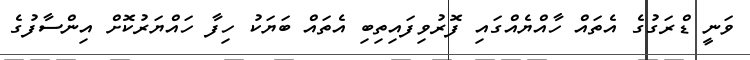
ވަނީ ޑްރަގުގެ އެތައް ހާއްޔެއްގައި ފޮރުވިފައިތިބި އެތައް ބަޔަކު ހިފާ ހައްޔަރުކޮށް އިންސާފުގެ